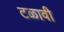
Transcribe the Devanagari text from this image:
टळावी